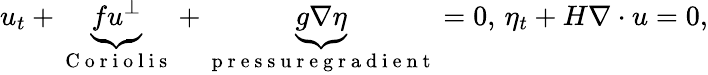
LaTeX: u_{t}+\underbrace{fu^{\perp}}_{\mathrm{~C~o~r~i~o~l~i~s~}}+\underbrace{g\nabla\eta}_{\mathrm{~p~r~e~s~s~u~r~e~g~r~a~d~i~e~n~t~}}=0,\, \eta_{t}+H\nabla\cdot u=0,